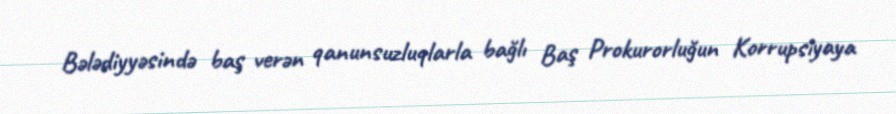
Bələdiyyəsində baş verən qanunsuzluqlarla bağlı Baş Prokurorluğun Korrupsiyaya